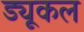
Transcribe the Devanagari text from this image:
ड्यूकल